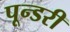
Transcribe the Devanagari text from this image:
पून्डरी